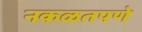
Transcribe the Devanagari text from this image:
नकळतपणे